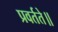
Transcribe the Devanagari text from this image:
प्रवर्तते॥